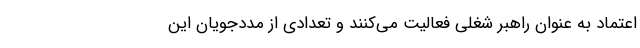
اعتماد به عنوان راهبر شغلی فعالیت می‌کنند و تعدادی از مددجویان این